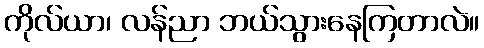
ကိုလ်ယာ၊ လန်ညာ ဘယ်သွားနေကြတာလဲ။